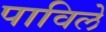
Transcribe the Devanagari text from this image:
पाविले